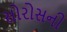
સોરોસની